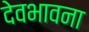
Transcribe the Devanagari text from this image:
देवभावना